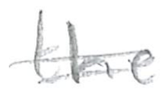
Text: the
Cross-out: double-line
Writing tool: pencil